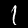
Label: 1